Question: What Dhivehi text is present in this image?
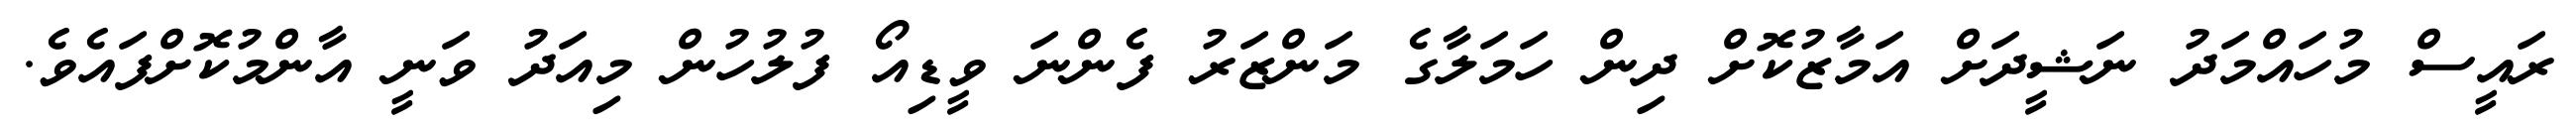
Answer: ރައީސް މުހައްމަދު ނަޝީދަށް އަމާޒުކޮށް ދިން ހަމަލާގެ މަންޒަރު ފެންނަ ވީޑިއޯ ފުލުހުން މިއަދު ވަނީ އާންމުކޮށްފައެވެ.